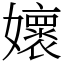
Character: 㜳